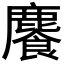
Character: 𩞇